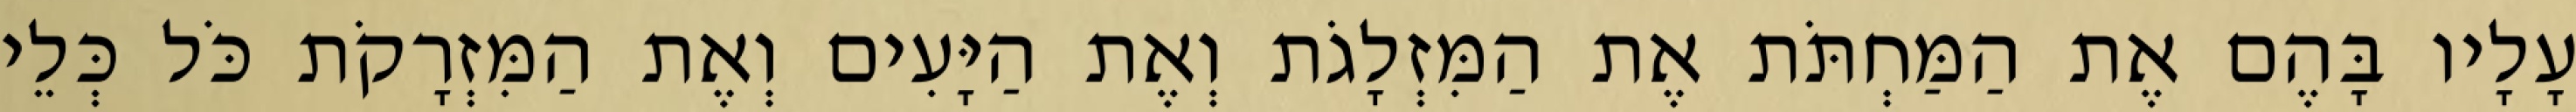
עָלָיו בָּהֶם אֶת הַמַּחְתֹּת אֶת הַמִּזְלָגֹת וְאֶת הַיָּעִים וְאֶת הַמִּזְרָקֹת כֹּל כְּלֵי